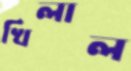
খিলাল